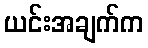
ယင်းအချက်က